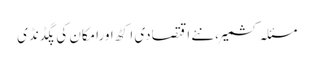
مسئلہ کشمیر،نئے اقتصادی اِکٹھ اورامکان کی پگڈنڈی